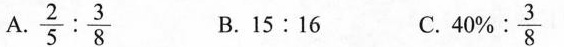
A.\frac{2}{5}: \frac{3}{8} B.15:16 C. 40% : \frac{3}{8}